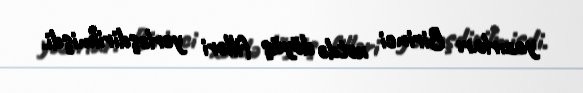
yazırlar: Birinci xətdə döyüş filləri yerləşdirilmişdi.